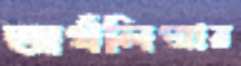
অর্থলিপ্সার